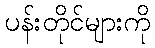
ပန်းတိုင်များကို